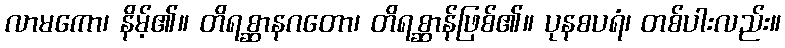
လာမကော၊ နိမ့်၏။ တိရစ္ဆာနဂတော၊ တိရစ္ဆာန်ဖြစ်၏။ ပုနစပရံ၊ တစ်ပါးလည်း။